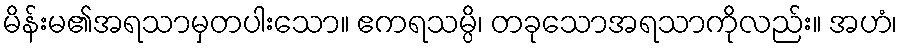
မိန်းမ၏အရသာမှတပါးသော။ ဧကရသမ္ပိ၊ တခုသောအရသာကိုလည်း။ အဟံ၊